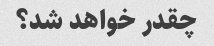
چقدر خواهد شد؟